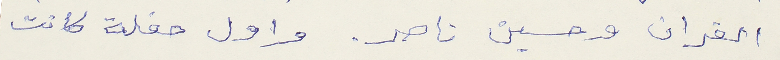
الفران وحسين ناصر. واول حفلة كانت